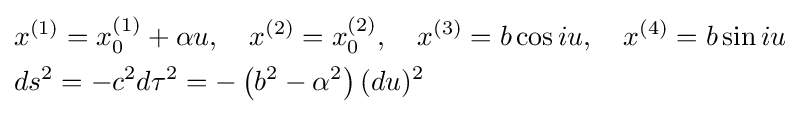
{\begin{aligned}&x^{(1)}=x_{0}^{(1)}+\alpha u,\quad x^{(2)}=x_{0}^{(2)},\quad x^{(3)}=b\cos iu,\quad x^{(4)}=b\sin iu\\&ds^{2}=-c^{2}d\tau ^{2}=-\left(b^{2}-\alpha ^{2}\right)(du)^{2}\end{aligned}}